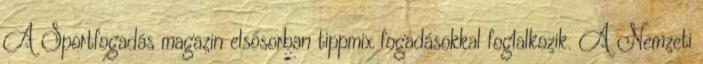
A Sportfogadás magazin elsősorban tippmix fogadásokkal foglalkozik. A Nemzeti